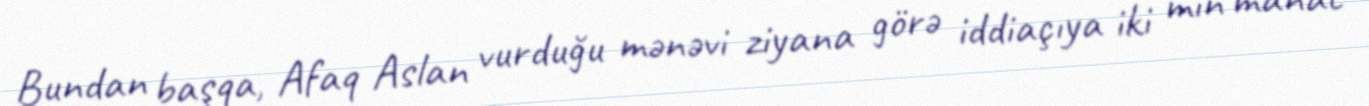
Bundan başqa, Afaq Aslan vurduğu mənəvi ziyana görə iddiaçıya iki min manat